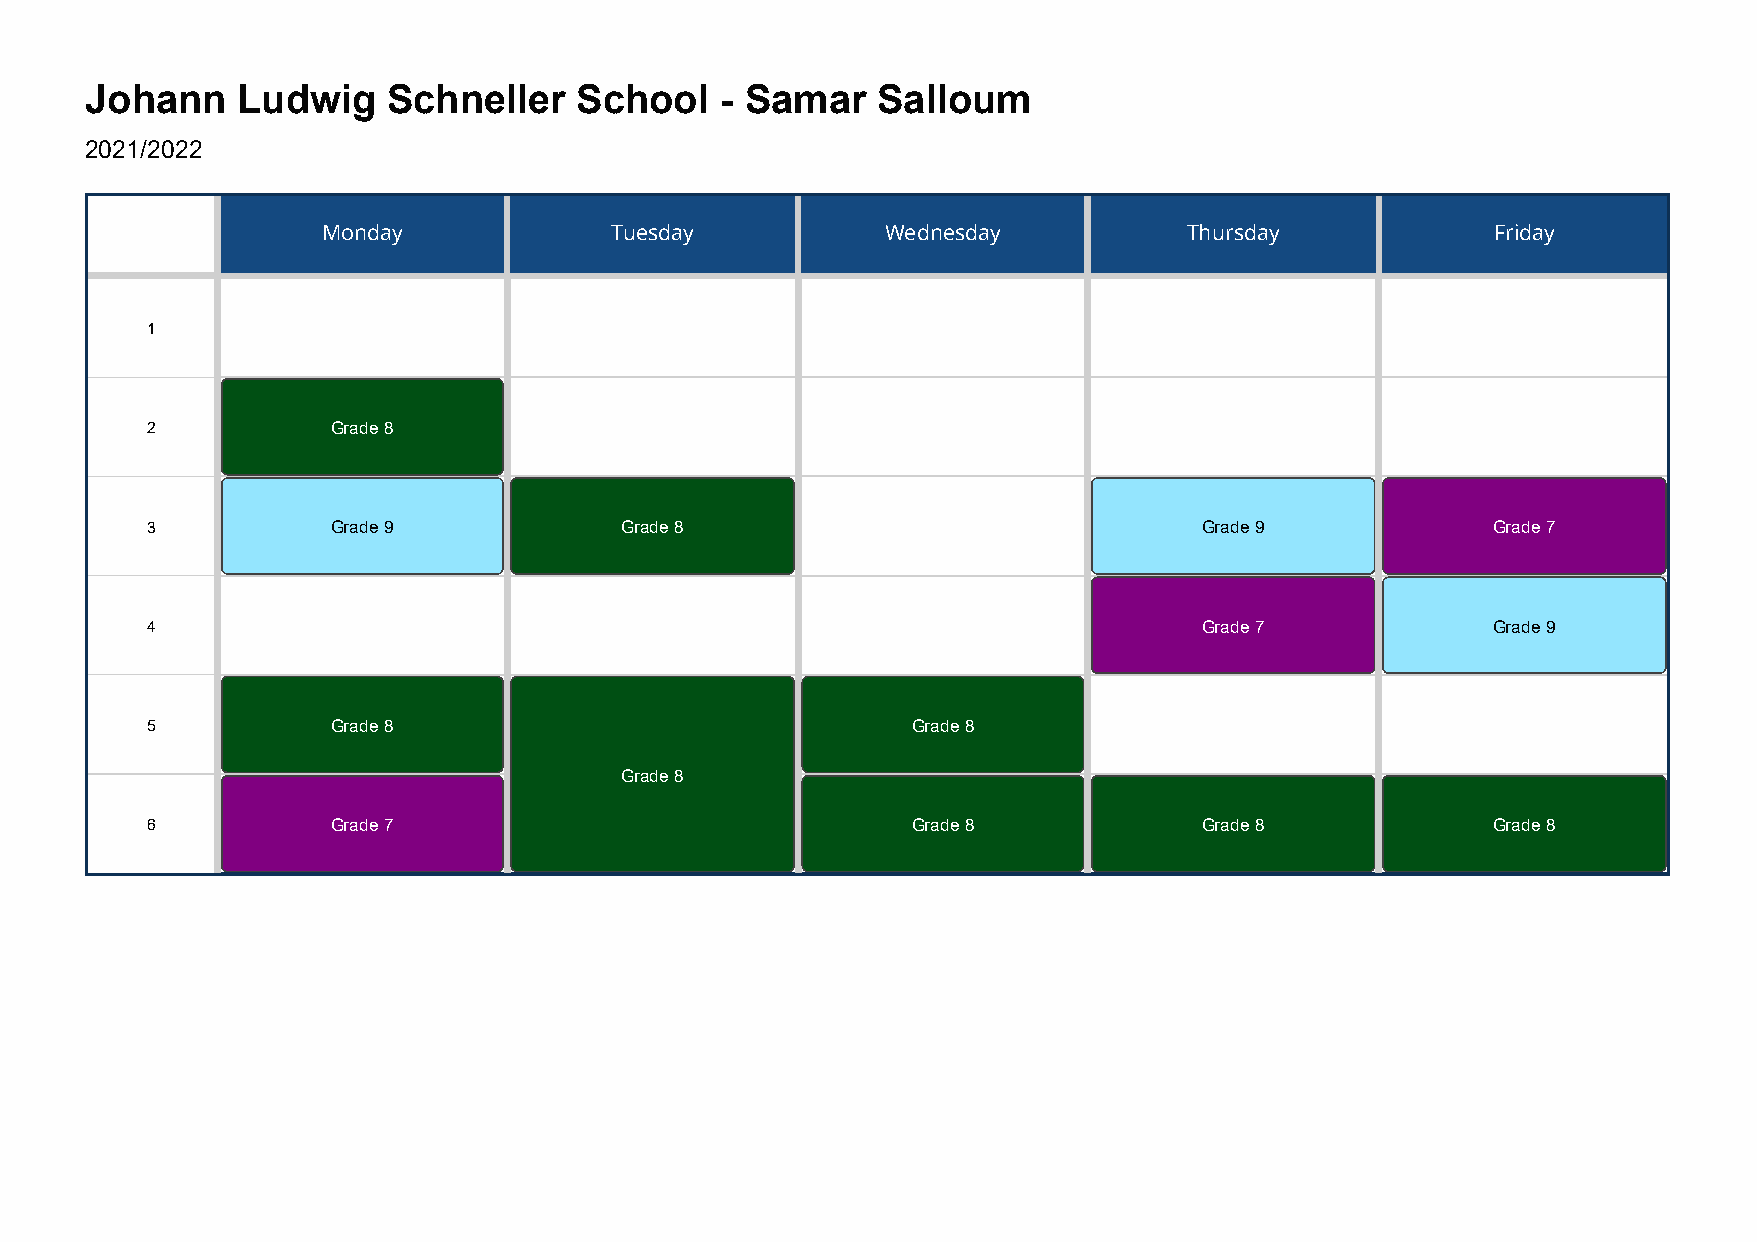
Johann    Ludwig    Schneller   School    - Samar   Salloum
 2021/2022
 Monday             Tuesday            Wednesday           Thursday            Friday
 1
 2           Grade 8
 3           Grade 9            Grade 8                                Grade 9            Grade 7
 4                                                                     Grade 7            Grade 9
 5           Grade 8                               Grade 8
 Grade 8
 6           Grade 7                               Grade 8             Grade 8            Grade 8